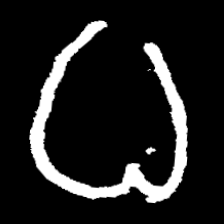
Pyu character \u2014 Myanmar letter: ဓ (romanized: dha)